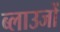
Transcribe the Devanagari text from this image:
ब्लाउजों